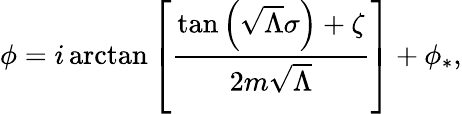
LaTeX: \phi=i\arctan\left[\frac{\tan\left(\sqrt{\Lambda}\sigma\right)+\zeta}{2m\sqrt{\Lambda}}\right]+\phi_{*},